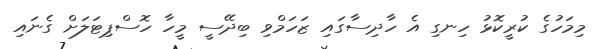
މިމަހުގެ ކުރީކޮޅު ހިނގި އެ ހާދިސާގައި ޒަހަމްވި ބިދޭސީ މީހާ ހޮސްޕިޓަލަށް ގެނައި